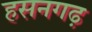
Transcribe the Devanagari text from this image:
हसनगढ़